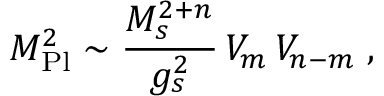
M _ { \mathrm { P l } } ^ { 2 } \sim \frac { M _ { s } ^ { 2 + n } } { g _ { s } ^ { 2 } } \, V _ { m } \, V _ { n - m } \; ,